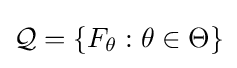
{\mathcal {Q}}=\{F_{\theta }:\theta \in \Theta \}